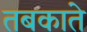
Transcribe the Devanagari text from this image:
तबकाते